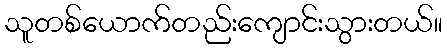
သူတစ်ယောက်တည်းကျောင်းသွားတယ်။